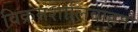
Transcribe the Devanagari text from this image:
विक्रमशालिवाहनौ